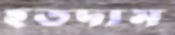
হতদ্যম